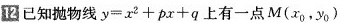
12 已知抛物线 $$y = x ^ { 2 } + p x + q$$ 上有一点M ( x_{0}，y_{0})